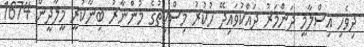
ދިވެހި އިސްލާމީ ދަންމަރު ދައްކުވައިދޭ ހުކުރު މިސްކިތުގެ މުންނާރު ބިނާކުރީ މީލާދީން 1674